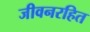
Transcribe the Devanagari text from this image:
जीवनरहित